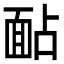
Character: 䩇